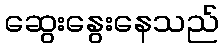
ဆွေးနွေးနေသည်